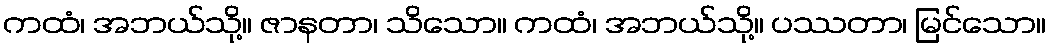
ကထံ၊ အဘယ်သို့။ ဇာနတာ၊ သိသော။ ကထံ၊ အဘယ်သို့။ ပဿတာ၊ မြင်သော။